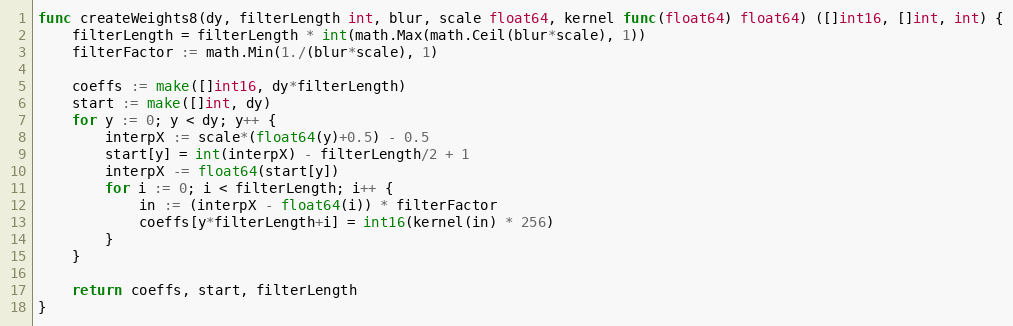
Language: Go
func createWeights8(dy, filterLength int, blur, scale float64, kernel func(float64) float64) ([]int16, []int, int) {
	filterLength = filterLength * int(math.Max(math.Ceil(blur*scale), 1))
	filterFactor := math.Min(1./(blur*scale), 1)

	coeffs := make([]int16, dy*filterLength)
	start := make([]int, dy)
	for y := 0; y < dy; y++ {
		interpX := scale*(float64(y)+0.5) - 0.5
		start[y] = int(interpX) - filterLength/2 + 1
		interpX -= float64(start[y])
		for i := 0; i < filterLength; i++ {
			in := (interpX - float64(i)) * filterFactor
			coeffs[y*filterLength+i] = int16(kernel(in) * 256)
		}
	}

	return coeffs, start, filterLength
}